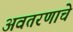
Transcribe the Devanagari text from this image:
अवतरणाचे